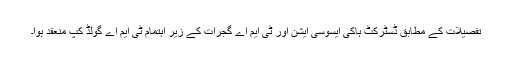
تفصیلات کے مطابق ڈسٹرکٹ ہاکی ایسوسی ایشن اور ٹی ایم اے گجرات کے زیر اہتمام ٹی ایم اے گولڈ کپ منعقد ہوا۔